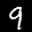
Label: 9